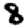
Digit: 8